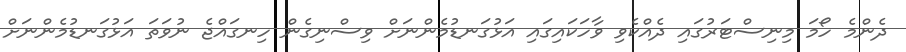
ދެންމެ ހޯމަ މިނިސްޓަރުގައި ދެއްކެވި ވާހަކައިގައި އަޅުގަނޑުމެންނަށް ވިސްނިގެން ހިނގައްޖެ ނުވަތަ އަޅުގަނޑުމެންނަށް